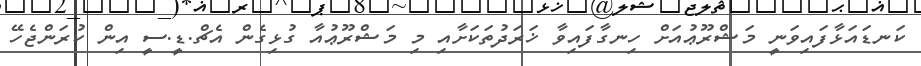
ކަނޑައަޅާފައިވަނީ މަޝްރޫޢުއަށް ހިނގާފައިވާ ޚަރަދުތަކަށާއި މި މަޝްރޫޢުއާ ގުޅިގެން އެޗް.ޑީ.ސީ އިން ކުރަންޖެހޭ